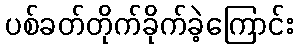
ပစ်ခတ်တိုက်ခိုက်ခဲ့ကြောင်း